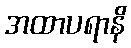
အထာပရာနိ